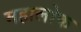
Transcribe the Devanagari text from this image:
महालोक